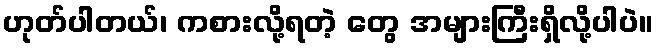
ဟုတ်ပါတယ်၊ ကစားလို့ရတဲ့ တွေ အများကြီးရှိလို့ပါပဲ။